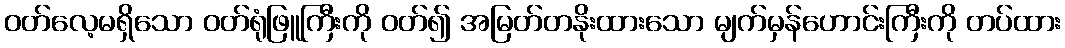
ဝတ်လေ့မရှိသော ဝတ်ရုံဖြူကြီးကို ဝတ်၍ အမြတ်တနိုးထားသော မျက်မှန်ဟောင်းကြီးကို တပ်ထား